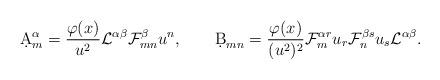
LaTeX: \begin{align*}\d A^\alpha_m={{\varphi(x)}\over{u^2}}{\cal L}^{\alpha\beta}{\cal F}^\beta_{mn}u^n,\qquad\d B_{mn}={{\varphi(x)}\over{(u^2)^2}}{\cal F}^{\alpha r}_{m}u_r{\cal F}^{\beta s}_nu_s{\cal L}^{\alpha\beta}.\end{align*}